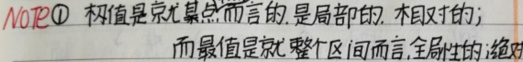
NOTE\textcircled{1} 极值是就某点而言的. 是局部的, 相对的;
而最值是就整个区间而言,全局性的;绝对